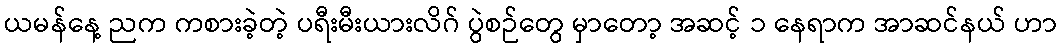
ယမန်နေ့ ညက ကစားခဲ့တဲ့ ပရီးမီးယားလိဂ် ပွဲစဉ်တွေ မှာတော့ အဆင့် ၁ နေရာက အာဆင်နယ် ဟာ